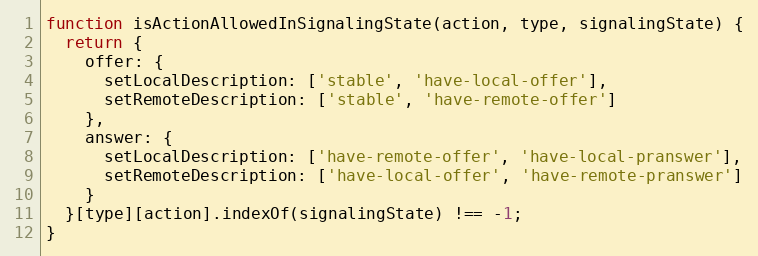
Language: JavaScript
function isActionAllowedInSignalingState(action, type, signalingState) {
  return {
    offer: {
      setLocalDescription: ['stable', 'have-local-offer'],
      setRemoteDescription: ['stable', 'have-remote-offer']
    },
    answer: {
      setLocalDescription: ['have-remote-offer', 'have-local-pranswer'],
      setRemoteDescription: ['have-local-offer', 'have-remote-pranswer']
    }
  }[type][action].indexOf(signalingState) !== -1;
}